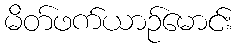
မိတ်ဖက်ယာဉ်မောင်း